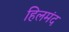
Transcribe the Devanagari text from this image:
हिलमंद